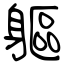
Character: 軀